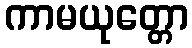
ကာမယုတ္တော